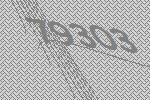
79303